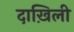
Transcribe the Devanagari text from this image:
दाख़िली